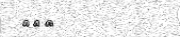
١٠٤